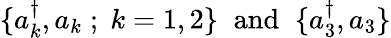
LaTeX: \{ a_{k}^{\dagger},a_{k}\; ;\; k=1,2\} \; \; \mathrm{and}\; \; \{ a_{3}^{\dagger},a_{3}\}